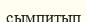
сымпитып